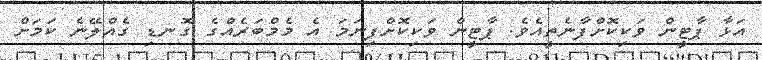
އަޅާ ޕާޓީން ވަކިކޮށްފާނެތީއެވެ. ޕާޓީން ވަކިކޮށްފިނަމަ އެ މެމްބަރެއްގެ ގޮނޑި ގެއްލޭނެ ކަމަށް